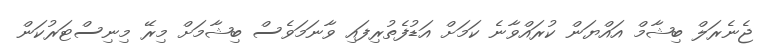
ޖެނެރަލް ބިޝާމް އައްޔަން ކުރައްވާނެ ކަމަށް އަޑުފެތުރިފައި ވާނަމަވެސް ބިޝާމަށް މިރޭ މިނިސްޓަރުކަން